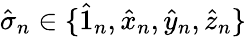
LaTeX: \hat{\sigma}_{n}\in\{ \hat{1}_{n},\hat{x}_{n},\hat{y}_{n},\hat{z}_{n}\}